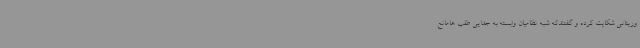
وریتانی شکایت کرده و گفتندکه شبه نظامیان وابسته به جدایی طلب هامانع